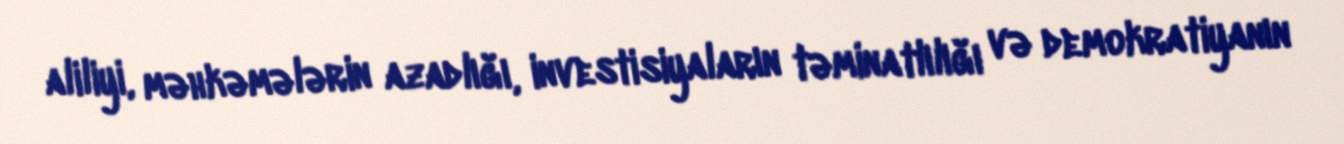
aliliyi, məhkəmələrin azadlığı, investisiyaların təminatlılığı və demokratiyanın